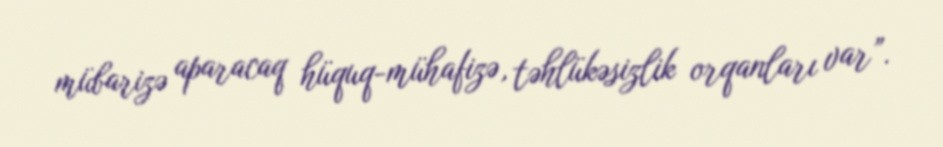
mübarizə aparacaq hüquq-mühafizə, təhlükəsizlik orqanları var”.